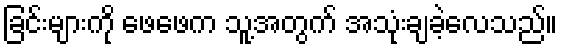
ခြင်းများကို ဖေဖေက သူ့အတွက် အသုံးချခဲ့လေသည်။